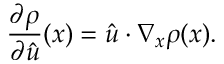
\frac { \partial \rho } { \partial \hat { u } } ( x ) = \hat { u } \cdot \nabla _ { x } \rho ( x ) .